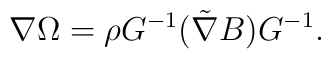
\nabla \Omega = \rho G^{-1}(\tilde \nabla B)G^{-1}.